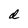
Character: d